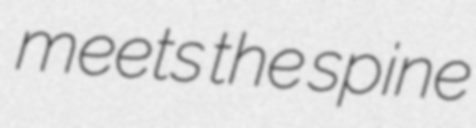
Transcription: meets the spine